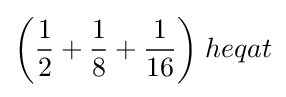
{\bigg (}{\frac {1}{2}}+{\frac {1}{8}}+{\frac {1}{16}}{\bigg )}\;heqat